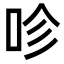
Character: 𠱉